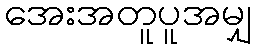
အေးအတူပူအမျှ